画像に写った文字を読んでください
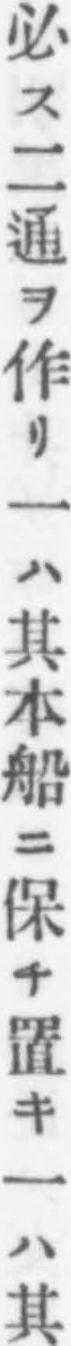
「必ス二通ヲ作リ一ハ其本船ニ保チ置キ一ハ其」と書いてあります